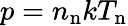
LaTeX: p=n_{\mathrm{n}}kT_{\mathrm{n}}